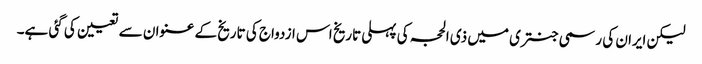
لیکن ایران کی رسمی جنتری میں ذی الحجہ کی پہلی تاریخ اس ازدواج کی تاریخ کے عنوان سے تعیین کی گئی ہے۔